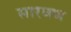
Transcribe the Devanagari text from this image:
सारवण